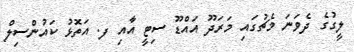
ލީގުގެ ދެވަނަ މެޗުގައި މަރަދޫ އައްޑޫ ސިޓީ އާއި ފ. އަތޮޅު ކައުންސިލް